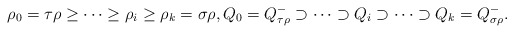
\begin{align*}\rho_0=\tau\rho \geq \cdots \geq \rho_i \geq \rho_k=\sigma \rho,Q_0=Q^-_{\tau\rho} \supset \cdots \supset Q_i \supset \cdots \supset Q_k=Q^-_{\sigma\rho}.\end{align*}